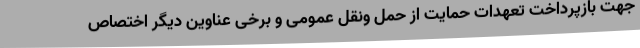
جهت بازپرداخت تعهدات حمایت از حمل ونقل عمومی و برخی عناوین دیگر اختصاص